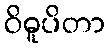
ဝိဓူပိတာ